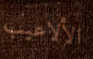
الألاعيب